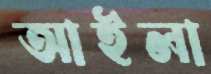
আইলা